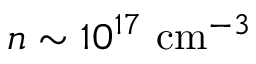
n \sim 1 0 ^ { 1 7 } ~ \mathrm { c m } ^ { - 3 }